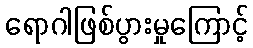
ရောဂါဖြစ်ပွားမှုကြောင့်